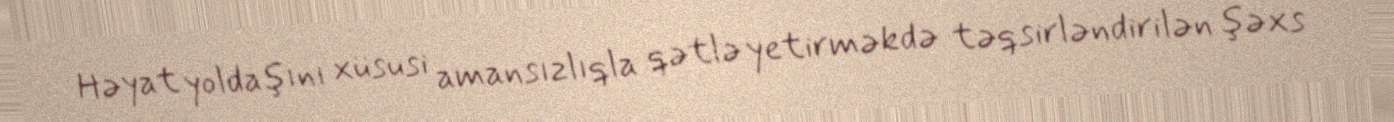
Həyat yoldaşını xüsusi amansızlıqla qətlə yetirməkdə təqsirləndirilən şəxs